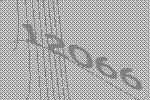
12066